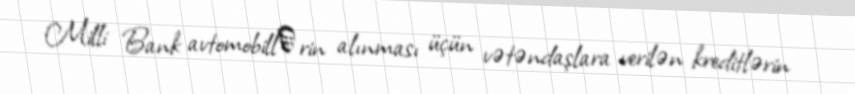
Milli Bank avtomobillәrin alınması üçün vətəndaşlara verilən kreditlərin